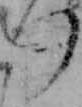
つ